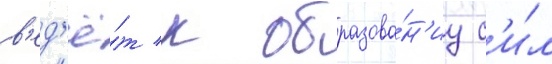
в'ед'ё́т к образова́н'иу с'и́л